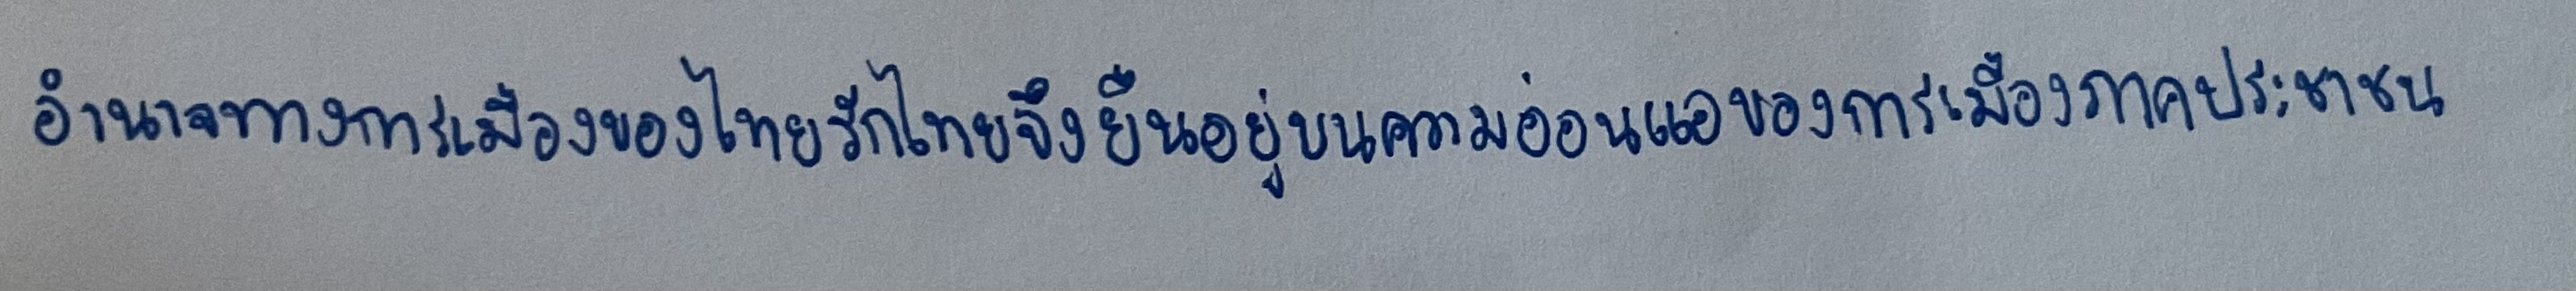
อำนาจทางการเมืองของไทยรักไทยจึงยืนอยู่บนความอ่อนแอของการเมืองภาคประชาชน